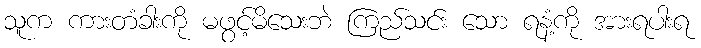
သူက ကားတံခါးကို မဖွင့်မိသေးဘဲ ကြည်သင်း သော ရနံ့ကို အားရပါးရ